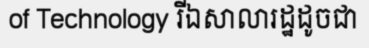
of Technology រីឯសាលារដ្ឋដូចជា